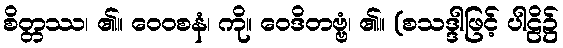
စိတ္တဿ၊ ၏။ ဝေဝစနံ၊ ကို။ ဝေဒိတဗ္ဗံ၊ ၏။ (စသဒ္ဒါဖြင့် ပါဠိ၌